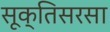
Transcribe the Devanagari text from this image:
सूक्तिसरसा